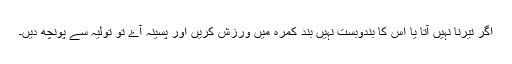
اگر تیرنا نہیں آتا یا اس کا بندوبست نہیں بند کمرہ میں ورزش کریں اور پسینہ آۓ تو تولیہ سے پونچھ دیں۔